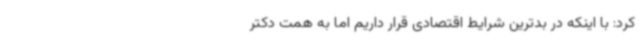
کرد: با اینکه در بدترین شرایط اقتصادی قرار داریم اما به همت دکتر